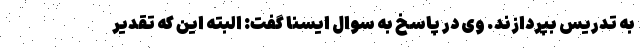
به تدریس بپردازند. وی در پاسخ به سوال ایسنا گفت: البته این که تقدیر